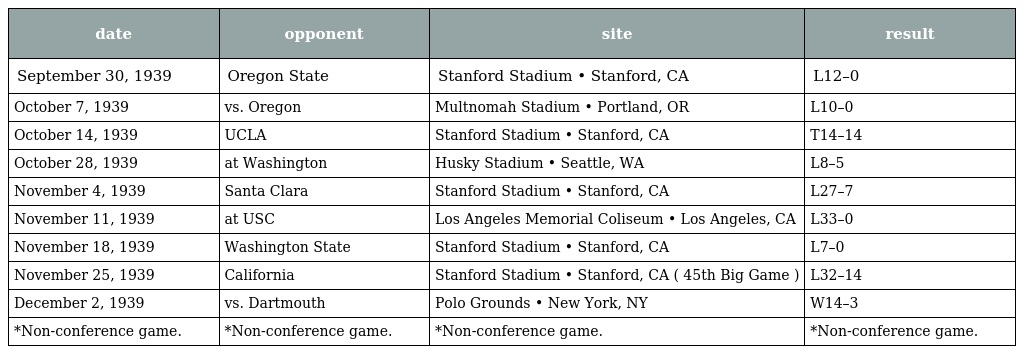
| date | opponent | site | result |
 | --- | --- | --- | --- |
 | September 30, 1939 | Oregon State | Stanford Stadium • Stanford, CA | L12–0 |
 | October 7, 1939 | vs. Oregon | Multnomah Stadium • Portland, OR | L10–0 |
 | October 14, 1939 | UCLA | Stanford Stadium • Stanford, CA | T14–14 |
 | October 28, 1939 | at Washington | Husky Stadium • Seattle, WA | L8–5 |
 | November 4, 1939 | Santa Clara | Stanford Stadium • Stanford, CA | L27–7 |
 | November 11, 1939 | at USC | Los Angeles Memorial Coliseum • Los Angeles, CA | L33–0 |
 | November 18, 1939 | Washington State | Stanford Stadium • Stanford, CA | L7–0 |
 | November 25, 1939 | California | Stanford Stadium • Stanford, CA ( 45th Big Game ) | L32–14 |
 | December 2, 1939 | vs. Dartmouth | Polo Grounds • New York, NY | W14–3 |
 | *Non-conference game. | *Non-conference game. | *Non-conference game. | *Non-conference game. |